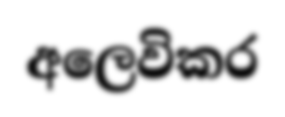
අලෙවිකර